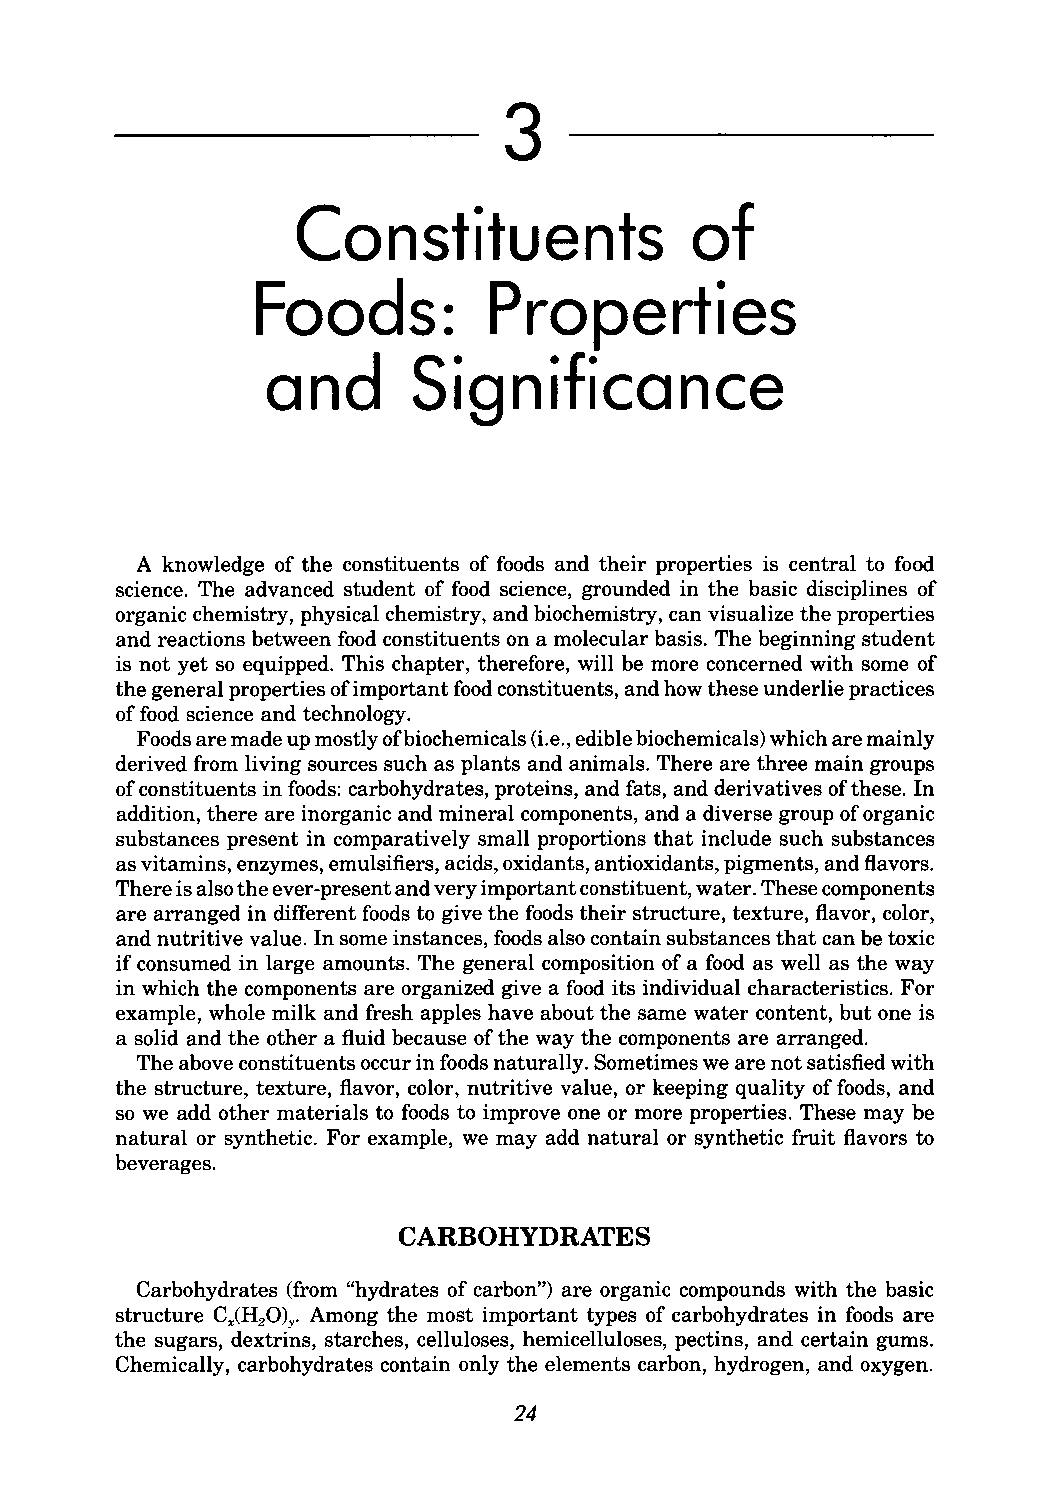
3
 Constituents              of
 Foods:         Properties
 and      Significance
 A knowledge of the constituents of foods and their properties is central to food
 science. The advanced student of food science, grounded in the basic disciplines of
 organic chemistry, physical chemistry, and biochemistry, can visualize the properties
 and reactions between food constituents on a molecular basis. The beginning student
 is not yet so equipped. This chapter, therefore, will be more concerned with some of
 the general properties of important food constituents, and how these underlie practices
 of food science and technology.
 Foods are made up mostly of biochemicals (i.e., edible biochemicals) which are mainly
 derived from living sources such as plants and animals. There are three main groups
 of constituents in foods: carbohydrates, proteins, and fats, and derivatives of these. In
 addition, there are inorganic and mineral components, and a diverse group of organic
 substances present in comparatively small proportions that include such substances
 as vitamins, enzymes, emulsifiers, acids, oxidants, antioxidants, pigments, and flavors.
 There is also the ever-present and very important constituent, water. These components
 are arranged in different foods to give the foods their structure, texture, flavor, color,
 and nutritive value. In some instances, foods also contain substances that can be toxic
 if consumed in large amounts. The general composition of a food as well as the way
 in which the components are organized give a food its individual characteristics. For
 example, whole milk and fresh apples have about the same water content, but one is
 a solid and the other a fluid because of the way the components are arranged.
 The above constituents occur in foods naturally. Sometimes we are not satisfied with
 the structure, texture, flavor, color, nutritive value, or keeping quality of foods, and
 so we add other materials to foods to improve one or more properties. These may be
 natural or synthetic. For example, we may add natural or synthetic fruit flavors to
 beverages.
 CARBOHYDRATES
 Carbohydrates (from "hydrates of carbon") are organic compounds with the basic
 structure C (H 0)y. Among the most important types of carbohydrates in foods are
 x 2
 the sugars, dextrins, starches, celluloses, hemicelluloses, pectins, and certain gums.
 Chemically, carbohydrates contain only the elements carbon, hydrogen, and oxygen.
 24